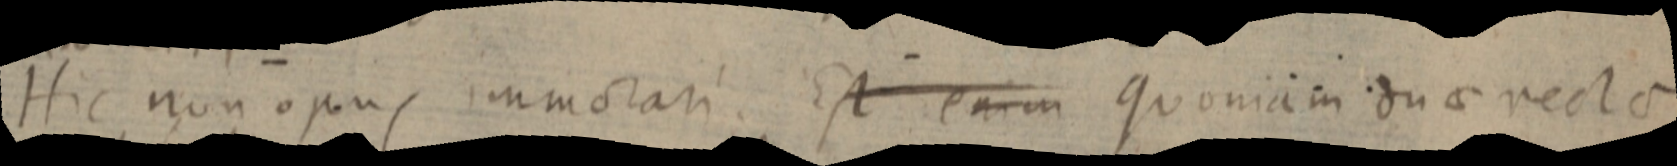
Hic non opus immorari. Est enim Quoniam duae rectae